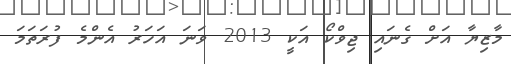
މާޒިޔާ އަށް ގެނައި ޖިވްކޯ އަކީ 2013 ވަނަ އަހަރު އެންމެ ފުރަތަމަ